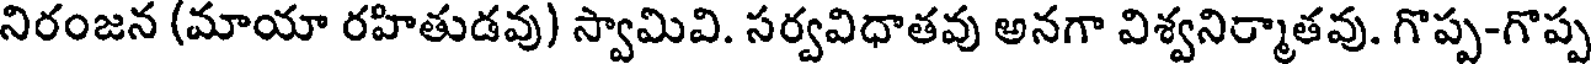
నిరంజన (మాయా రహితుడవు) స్వామివి. సర్వవిధాతవు అనగా విశ్వనిర్మాతవు. గొప్ప-గొప్ప